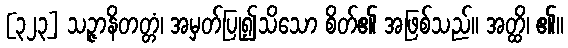
[၃၂၃] သဉ္ဇာနိတတ္တံ၊ အမှတ်ပြု၍သိသော စိတ်၏ အဖြစ်သည်။ အတ္ထိ၊ ၏။